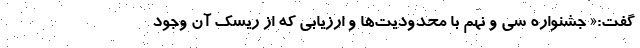
گفت:« جشنواره سی و نهم با محدودیت‌ها و ارزیابی که از ریسک آن وجود